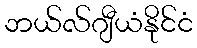
ဘယ်လ်ဂျီယံနိုင်ငံ